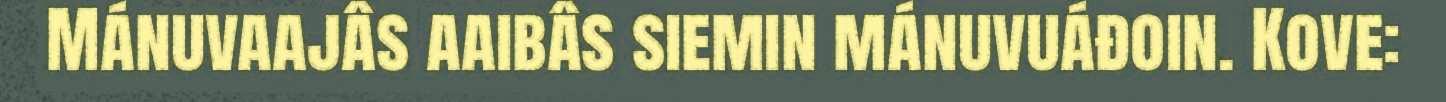
Mánuvaajâs aaibâs siemin mánuvuáđoin. Kove: